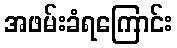
အဖမ်းခံရကြောင်း